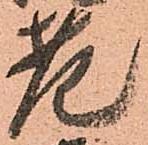
老